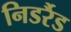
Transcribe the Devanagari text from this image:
निडर्रैड